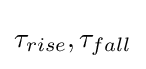
\tau _{rise},\tau _{fall}